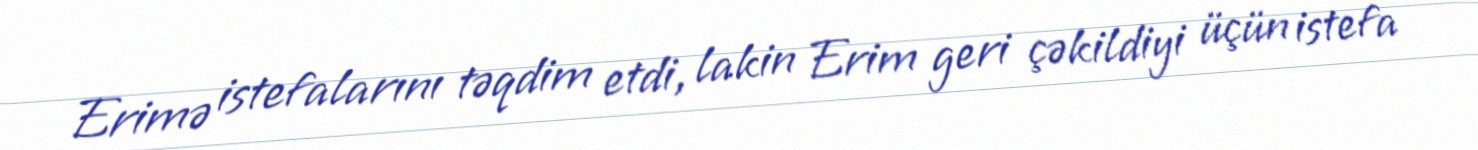
Erimə istefalarını təqdim etdi, lakin Erim geri çəkildiyi üçün istefa